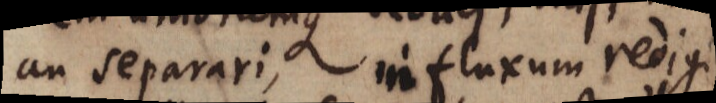
an separari, influxum redigi